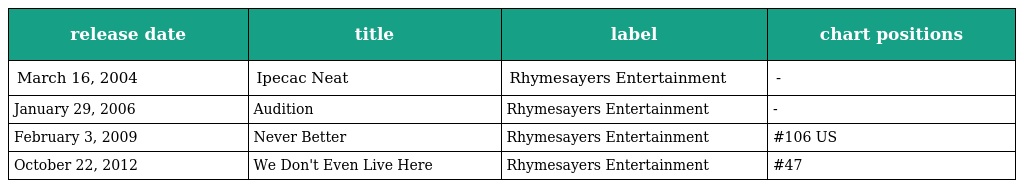
| release date | title | label | chart positions |
 | --- | --- | --- | --- |
 | March 16, 2004 | Ipecac Neat | Rhymesayers Entertainment | - |
 | January 29, 2006 | Audition | Rhymesayers Entertainment | - |
 | February 3, 2009 | Never Better | Rhymesayers Entertainment | #106 US |
 | October 22, 2012 | We Don't Even Live Here | Rhymesayers Entertainment | #47 |